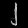
Digit: ၂